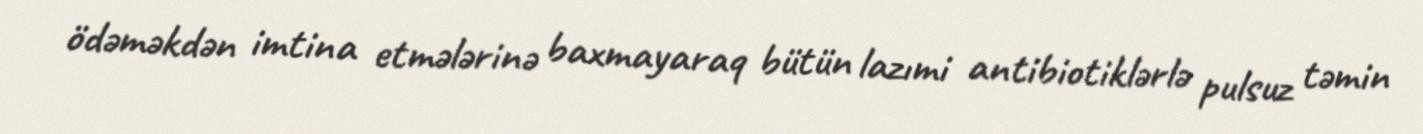
ödəməkdən imtina etmələrinə baxmayaraq bütün lazımi antibiotiklərlə pulsuz təmin